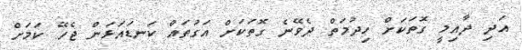
އަދި ދާއިމީ ގޮތަކަށް ހިދުމަތް ދެވޭނެ ގޮތަކަށް އަގުތައް ކަނޑައަޅަން ޖެހޭ ކަމަށް